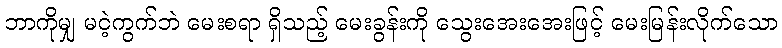
ဘာကိုမျှ မငဲ့ကွက်ဘဲ မေးစရာ ရှိသည့် မေးခွန်းကို သွေးအေးအေးဖြင့် မေးမြန်းလိုက်သော